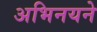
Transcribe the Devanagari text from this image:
अभिनयने